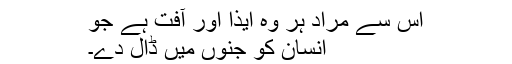
اس سے مراد ہر وہ ایذا اور آفت ہے جو
انسان کو جنوں میں ڈال دے۔